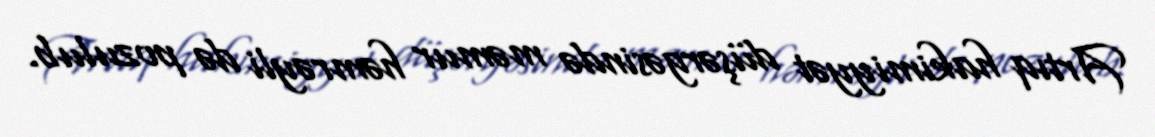
Artıq hakimiyyət düşərgəsində məmur həmrəyli də pozulub.